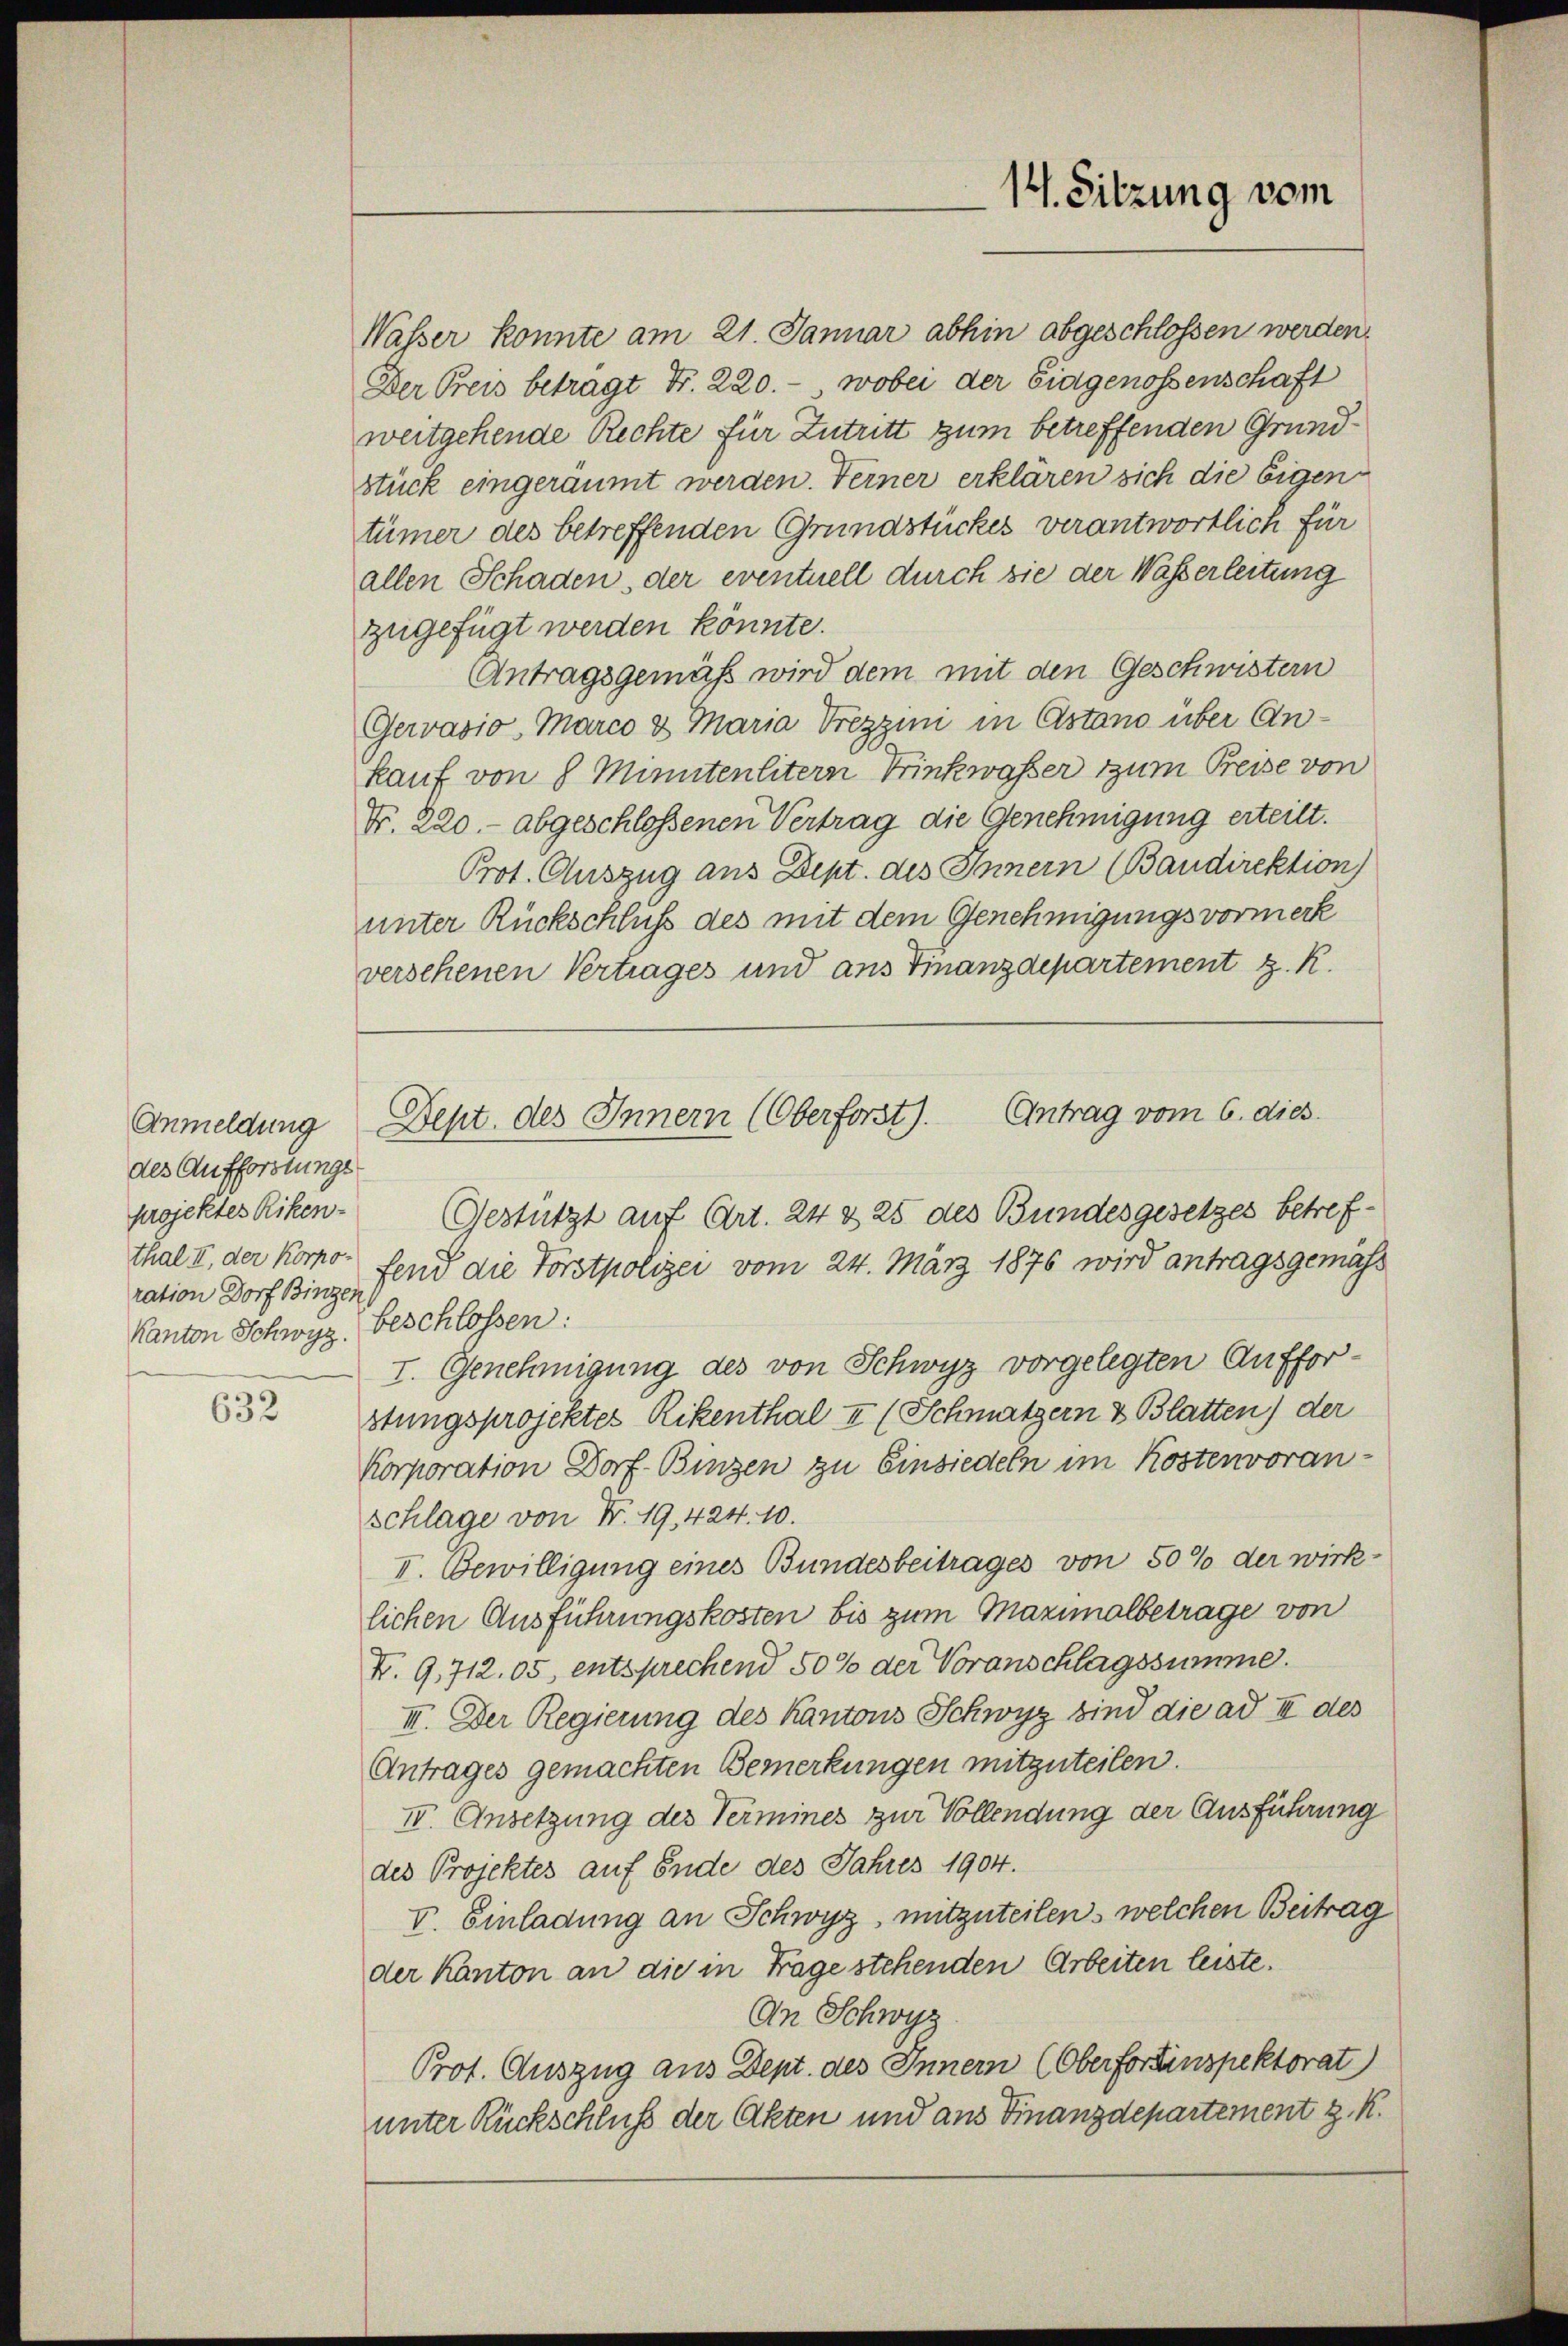
Anmeldung
des Aufforstungs
projektes Riken-
thal II., der Korpo-
ration Dorf Binzer
Kanton Schwyz.

632

Wasser konnte am 21. Januar abhin abgeschlossen werden.
Der Preis betragt Fr. 220.- wobei der Eidgenossenschaft
weitgehende Rechte für Zutritt zum betreffenden Grundstück eingeräumt werden. Ferner erklären sich die Eigen
tümer des betreffenden Grundstückes verantwortlich für
allen Schaden, der eventuell durch sie der Wasserleitung
zugefügt werden könnte.
Antragsgemäß wird dem mit den Geschwistern
Gerasio Marco & Maria Trezzim in Astand über Ankauf von 8 Minutenlitern Trinkwasser zum Preise von
Nr. 220.- abgeschloßenen Vertrag die Genehmigung erteilt.
Prot. Auszug aus Dept. des Innern (Baudirektion
unter Rückschluß des mit dem Genehmigungsvormerk
versehenen Vertrages und ans Finanzdepartement z. R.
Gestützt auf Art. 24 & 25 des Bundesgesetzes betreffend die Forstpolizei vom 24. März 1876 wird antragsgemäss
beschlossen:
I. Genehmigung des von Schwyz vorgelegten Aufforstungsprojektes Rikenthal II (Schmutzern & Blatten) der
Korporation Dorf-Binzen zu Einsiedeln im Kostenvoran¬
Schlage von Nr. 19, 424. 10.
I. Bewilligung eines Bundesbeitrages von 50% der wirk-
lichen Ausführungskosten bis zum Maximalbetrage von
K. 9,712. 05, entsprechend 50% der Voranschlagssumme.
III. Der Regierung des Kantons Schwyz sind die ad III des
Antrages gemachten Bemerkungen mitzuteilen.
IV. Ansetzung des Vermines zur Vollendung der Ausführung
des Projektes auf Ende des Jahres 1904.
V. Einladung an Schwyz, mitzuteilen, welchen Beitrag
der Kanton an die in Frage stehenden Arbeiten leiste.
An Schwyz
Prot. Auszug aus Dept. des Innern (Oberfortinspektorat
unter Rückschluß der Akten und aus Finanzdepartement z. K.

14. Sitzung vom

Dept. des Innern (Oberforst). Antrag vom 6. dies